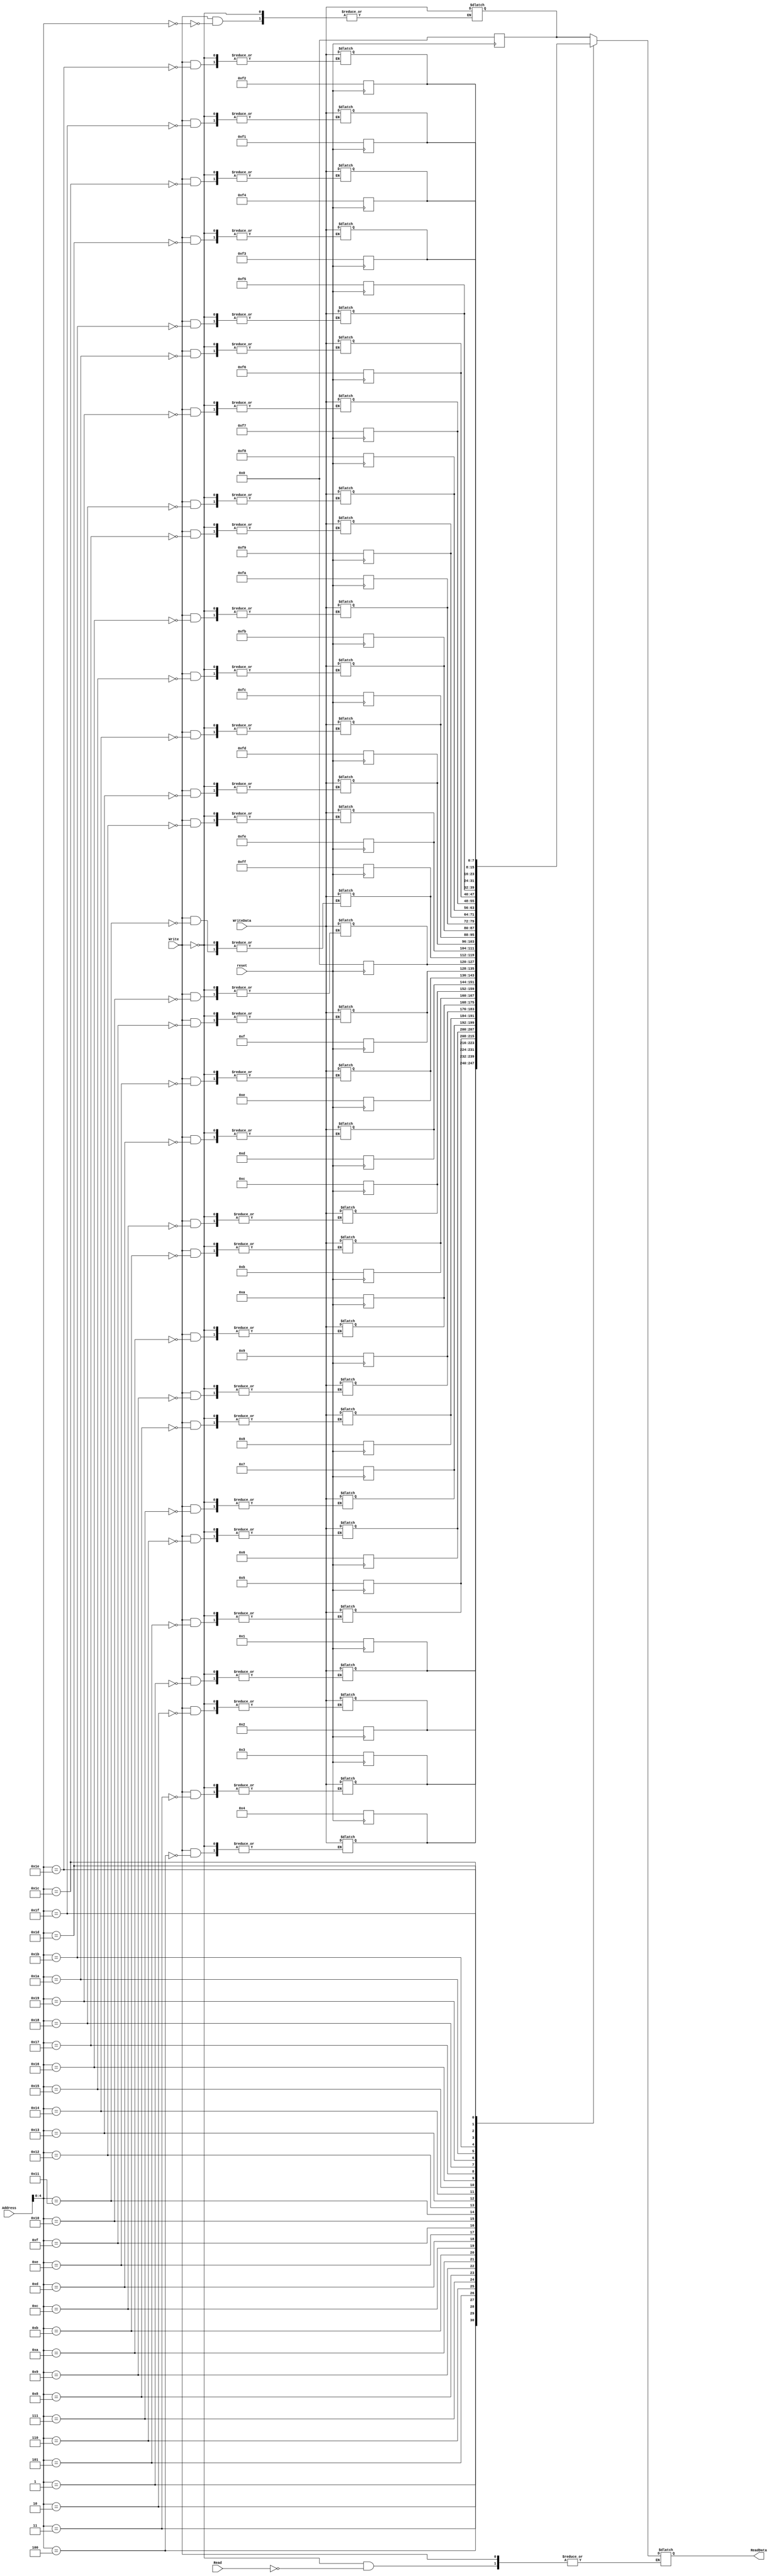
`timescale 1ns / 1ps
//////////////////////////////////////////////////////////////////////////////////
// Company: 
// Engineer: 
// 
// Design Name: 
// Module Name:    Memory 
// Project Name: 
// Target Devices: 
// Tool versions: 
// Description: 
//
// Dependencies: 
//
// Revision: 
// Revision 0.01 - File Created
// Additional Comments: 
//
//////////////////////////////////////////////////////////////////////////////////
module Memory(
    input [7:0] Address,
    input [7:0] WriteData,
    input Write,
    input Read,
    input reset,
    output [7:0] ReadData
    );
	 
	 reg [7:0] outdata;
	 reg [7:0] mem [0:31];
	 integer i = 0;
	 
	 assign ReadData = outdata;
	 
	 always @(Address or Write or Read or WriteData) begin
		if(Write == 1'b1) begin
			mem[Address] <= WriteData;
		end
		else if(Read == 1'b1) begin
			outdata <= mem[Address];
		end
	 end
	 always@(posedge reset) begin
		for(i=0;i<16;i=i+1) begin
			mem[i] = i;
		end
		for(i=0;i<16;i=i+1) begin
			mem[i+16] = -i;
		end
	end

endmodule